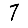
Digit: 7